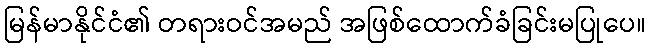
မြန်မာနိုင်ငံ၏ တရားဝင်အမည် အဖြစ်ထောက်ခံခြင်းမပြုပေ။